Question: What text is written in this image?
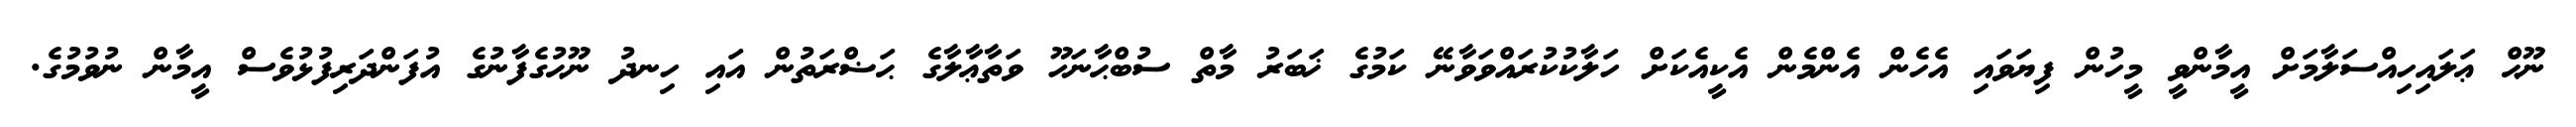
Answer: ނޫޙް ޢަލައިހިއްސަލާމަށް އީމާންވީ މީހުން ފިޔަވައި އެހެން އެންމެން އެކީއެކަށް ހަލާކުކުރައްވަވާނޭ ކަމުގެ ޚަބަރު މާތް ސުބްޙާނަހޫ ވަތާޢާލާގެ ޙަޟްރަތުން އައި ހިނދު ނޫޙުގެފާނުގެ އުފަންދަރިފުޅުވެސް އީމާން ނުވުމުގެ.